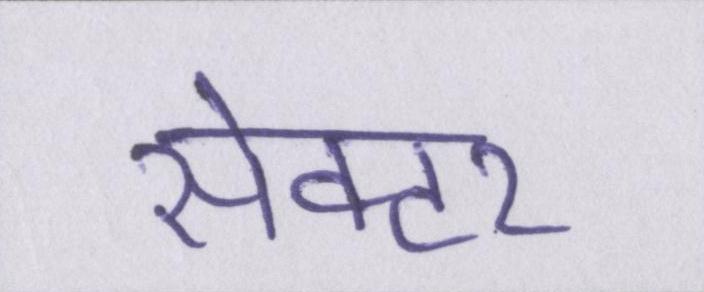
सेक्टर